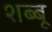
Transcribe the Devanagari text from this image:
शब्बू